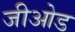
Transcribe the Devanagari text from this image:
जीओड